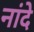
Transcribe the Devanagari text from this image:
नांदे